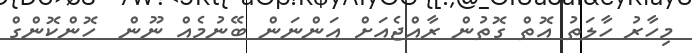
މިހާރު ހާލަތު އޮތް ގޮތުން ރާއްޖެއަށް އަންނަން ބޭނުމެއް ނޫން  ހޮންކޮންގް